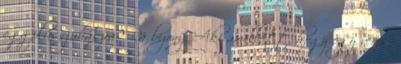
egy plüssjuhászra? Rá bizony. Aki amellett, hogy egy véres,